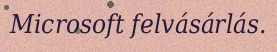
Microsoft felvásárlás.